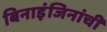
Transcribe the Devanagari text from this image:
बिनाइंजिनांची